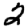
Digit: 2